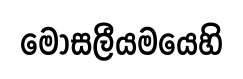
මෝසලීයමයෙහි